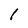
Character: I